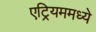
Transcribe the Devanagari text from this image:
एट्रियममध्ये